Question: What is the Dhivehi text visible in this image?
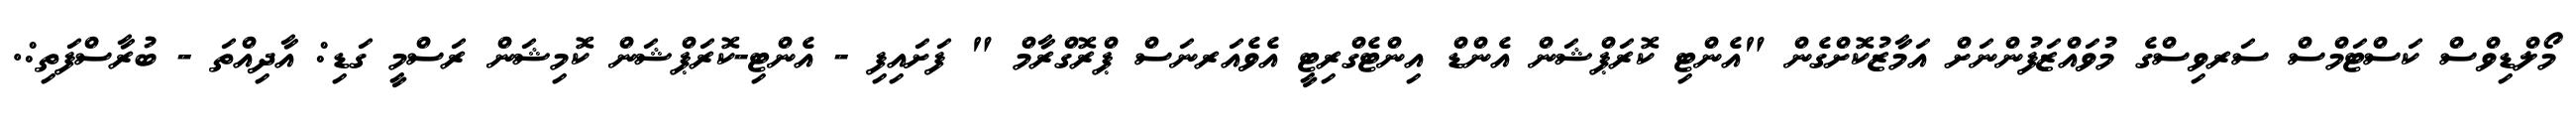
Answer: މޯލްޑިވްސް ކަސްޓަމްސް ސަރވިސްގެ މުވައްޒަފުންނަށް އަމާޒުކޮށްގެން "އެންޓި ކޮރަޕްޝަން އެންޑް އިންޓެގްރިޓީ އެވެއަރނަސް ޕްރޮގްރާމް " ފަށައިފި - އެންޓި-ކޮރަޕްޝަން ކޮމިޝަން ރަސްމީ ގަޑި: އާދިއްތަ - ބުރާސްފަތި:.